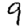
Digit: 9